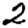
Digit: 2